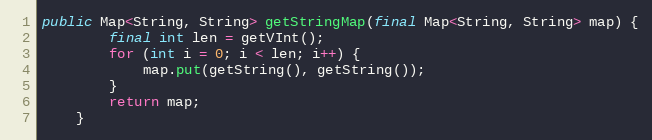
Language: Java
public Map<String, String> getStringMap(final Map<String, String> map) {
		final int len = getVInt();
		for (int i = 0; i < len; i++) {
			map.put(getString(), getString());
		}
		return map;
	}